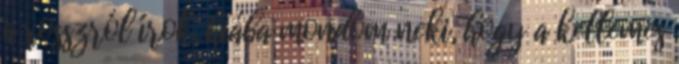
a rosszról írok, hiába mondom neki, hogy a kellemes